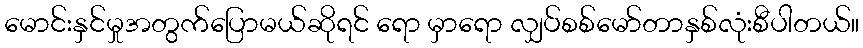
မောင်းနှင်မှုအတွက်ပြောမယ်ဆိုရင် ရော မှာရော လျှပ်စစ်မော်တာနှစ်လုံးစီပါတယ်။